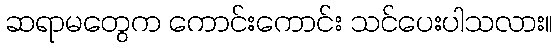
ဆရာမတွေက ကောင်းကောင်း သင်ပေးပါသလား။